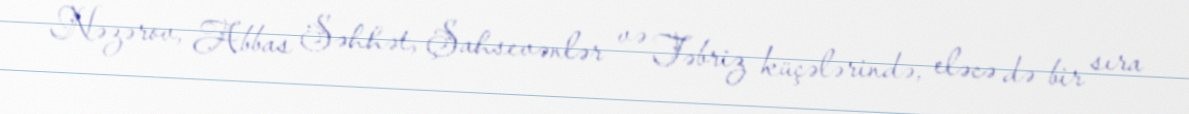
Nəzərov, Abbas Səhhət, Şahsevənlər və Təbriz küçələrində, eləcə də bir sıra